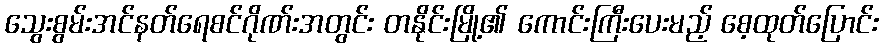
သွေးစွမ်းအင်နတ်ရေစင်ဂိုဏ်းအတွင်း တနိုင်းမြို့၏ ကောင်းကြီးပေးမည့် စေ့ထုတ်ပြောင်း